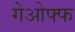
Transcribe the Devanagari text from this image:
गेओफ्फ